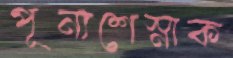
পূন্যশেস্নাক